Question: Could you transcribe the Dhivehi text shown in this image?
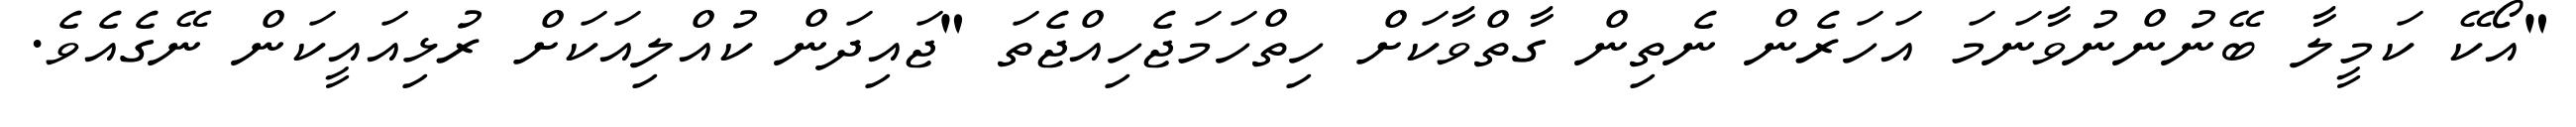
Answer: "އޯކޭ ކަމީލާ ބޭނުންނުވާނަމަ އަހަރެން ނެތިން ގާތްވާކަށް ހިތްހަމަޖެހިއްޖެތަ "ޖައިދަން ކުއްލިއަކަށް ރުޅިއައީކަން ނޭގެއެވެ.